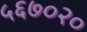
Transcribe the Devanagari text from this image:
५६७०२०